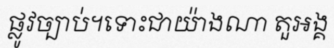
ផ្លូវច្បាប់។ទោះជាយ៉ាងណា តួអង្គ